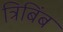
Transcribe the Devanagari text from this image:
त्रिबिंब